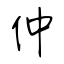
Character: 仲